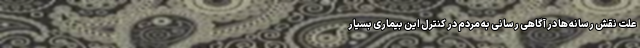
علت نقش رسانه ها در آگاهی رسانی به مردم در کنترل این بیماری بسیار